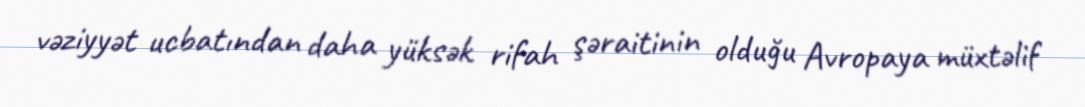
vəziyyət ucbatından daha yüksək rifah şəraitinin olduğu Avropaya müxtəlif